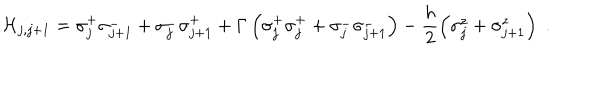
{ \cal H } _ { j , j + 1 } = \sigma _ { j } ^ { + } \sigma _ { j + 1 } ^ { - } + \sigma _ { j } ^ { - } \sigma _ { j + 1 } ^ { + } + \Gamma \left( \sigma _ { j } ^ { + } \sigma _ { j } ^ { + } + \sigma _ { j } ^ { - } \sigma _ { j + 1 } ^ { - } \right) - \frac { h } { 2 } \left( \sigma _ { j } ^ { z } + \sigma _ { j + 1 } ^ { z } \right) \; .